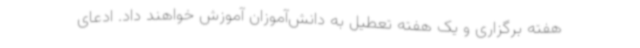
هفته برگزاری و یک هفته تعطیل به دانش‌آموزان آموزش خواهند داد. ادعای